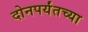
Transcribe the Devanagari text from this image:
दोनपर्यंतच्या